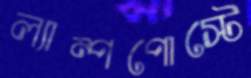
ল্যাম্পপোস্টে